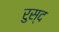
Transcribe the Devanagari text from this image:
रुस्द